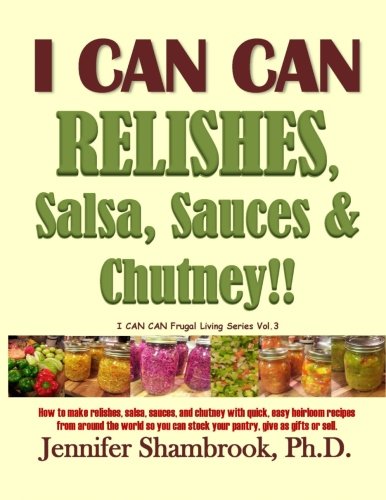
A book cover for I CAN CAN RELISHES, Salsa, Sauces & Chutney!!: How to make relishes, salsa, sauces, and chutney with quick, easy heirloom recipes from around the ... (I CAN CAN Frugal Living Series) (Volume 3); Jennifer Shambrook Ph.D.; Cookbooks, Food & Wine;